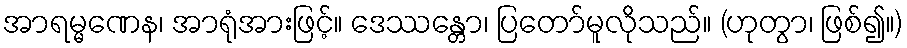
အာရမ္မဏေန၊ အာရုံအားဖြင့်။ ဒေဿန္တော၊ ပြတော်မူလိုသည်။ (ဟုတွာ၊ ဖြစ်၍။)